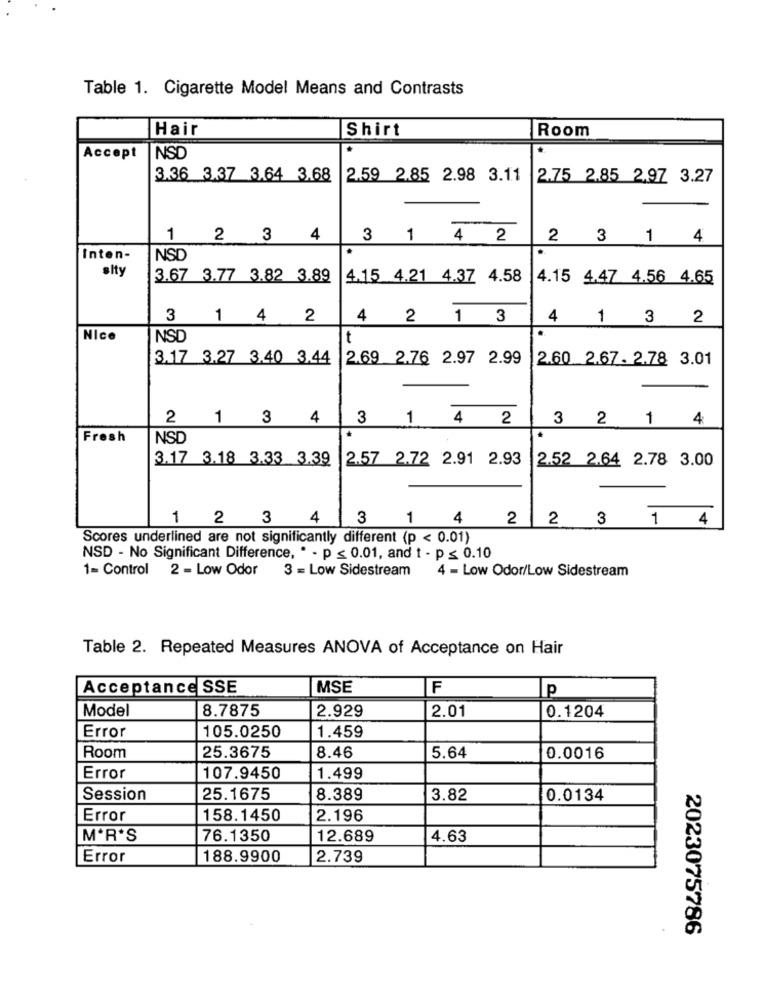
Table 1. Cigarette Model Means and Contrasts
Hair
Shirt
Room
Accept
NSD
3.36 3.37 3.64 3.68
2.59 2.85 2.98 3.11
2.75 2.85 2.97 3.27
1 2 3 4
3 1 4 2
2 3 1 4
Inten-
NSD
alty
3.67 3.77 3.82 3.89
4.15 4.21 4.37 4.58
4.15 4.47 4.56 4.65
3 1 4 2
4 2 1 3
4 1 3 2
Nice
NSD
t
3.17 3.27 3,40 3,44
2.69 2.76 2.97 2.99
2.60 2.67. 2.78 3.01
2 1 3 4 3 1 4 2
3 2 1 4
Fresh
NSD
3.17 3.18 3.33 3.39
2.57 2.72 2.91 2.93
2.52 2.64 2.78 3.00
1 2 3
4
3
1 4 2 2 3 1 4
Scores underlined are not significantly different (p < 0.01)
NSD - No Significant Difference, * - p < 0.01, and t - p ≤ 0.10
1= Control 2 - Low Odor
3 = Low Sidestream
4 - Low Odor/Low Sidestream
Table 2. Repeated Measures ANOVA of Acceptance on Hair
Acceptance SSE
MSE
F
p
Model
8.7875
2.01
0.1204
2.929
105.0250
Error
1.459
Room
25.3675
8.46
5.64
0.0016
Error
107.9450
1.499
Session
25.1675
8.389
3.82
0.0134
Error
158.1450
2.196
MOR'S
76.1350
12.689
4.63
Error
188.9900
2.739
2023075786